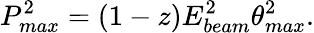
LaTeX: P_{max}^{2}=(1-z)E_{beam}^{2}\theta_{max}^{2}.